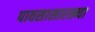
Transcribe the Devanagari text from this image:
पावसासारख्या